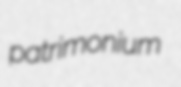
patrimonium